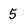
Character: 5